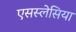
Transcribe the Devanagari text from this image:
एसस्लेसिया